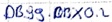
Text: DB99.DBX0.2